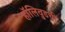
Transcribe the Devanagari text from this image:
हॉलिवुडची